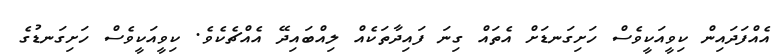
އެއްފަދައިން ކިވީއަކީވެސް ހަށިގަނޑަށް އެތައް ގިނަ ފައިދާތަކެއް ލިއްބައިދޭ އެއްޗެކެވެ. ކިވީއަކީވެސް ހަށިގަނޑުގެ